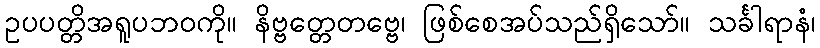
ဥပပတ္တိအရူပဘဝကို။ နိဗ္ဗတ္တေတဗ္ဗေ၊ ဖြစ်စေအပ်သည်ရှိသော်။ သင်္ခါရာနံ၊